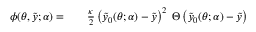
\begin{array} { r l r } { \phi ( \theta , \tilde { y } ; \alpha ) = } & { { } } & { \frac { \kappa } { 2 } \left( \tilde { y } _ { 0 } ( \theta ; \alpha ) - \tilde { y } \right) ^ { 2 } \; \Theta \left( \tilde { y } _ { 0 } ( \theta ; \alpha ) - \tilde { y } \right) } \end{array}